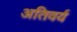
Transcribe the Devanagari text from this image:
अतिवर्य